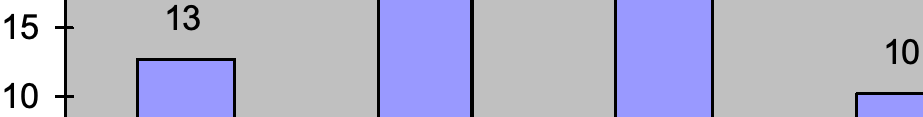
15   13 10 10